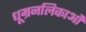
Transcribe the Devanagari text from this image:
धूम्रनलिकाओं